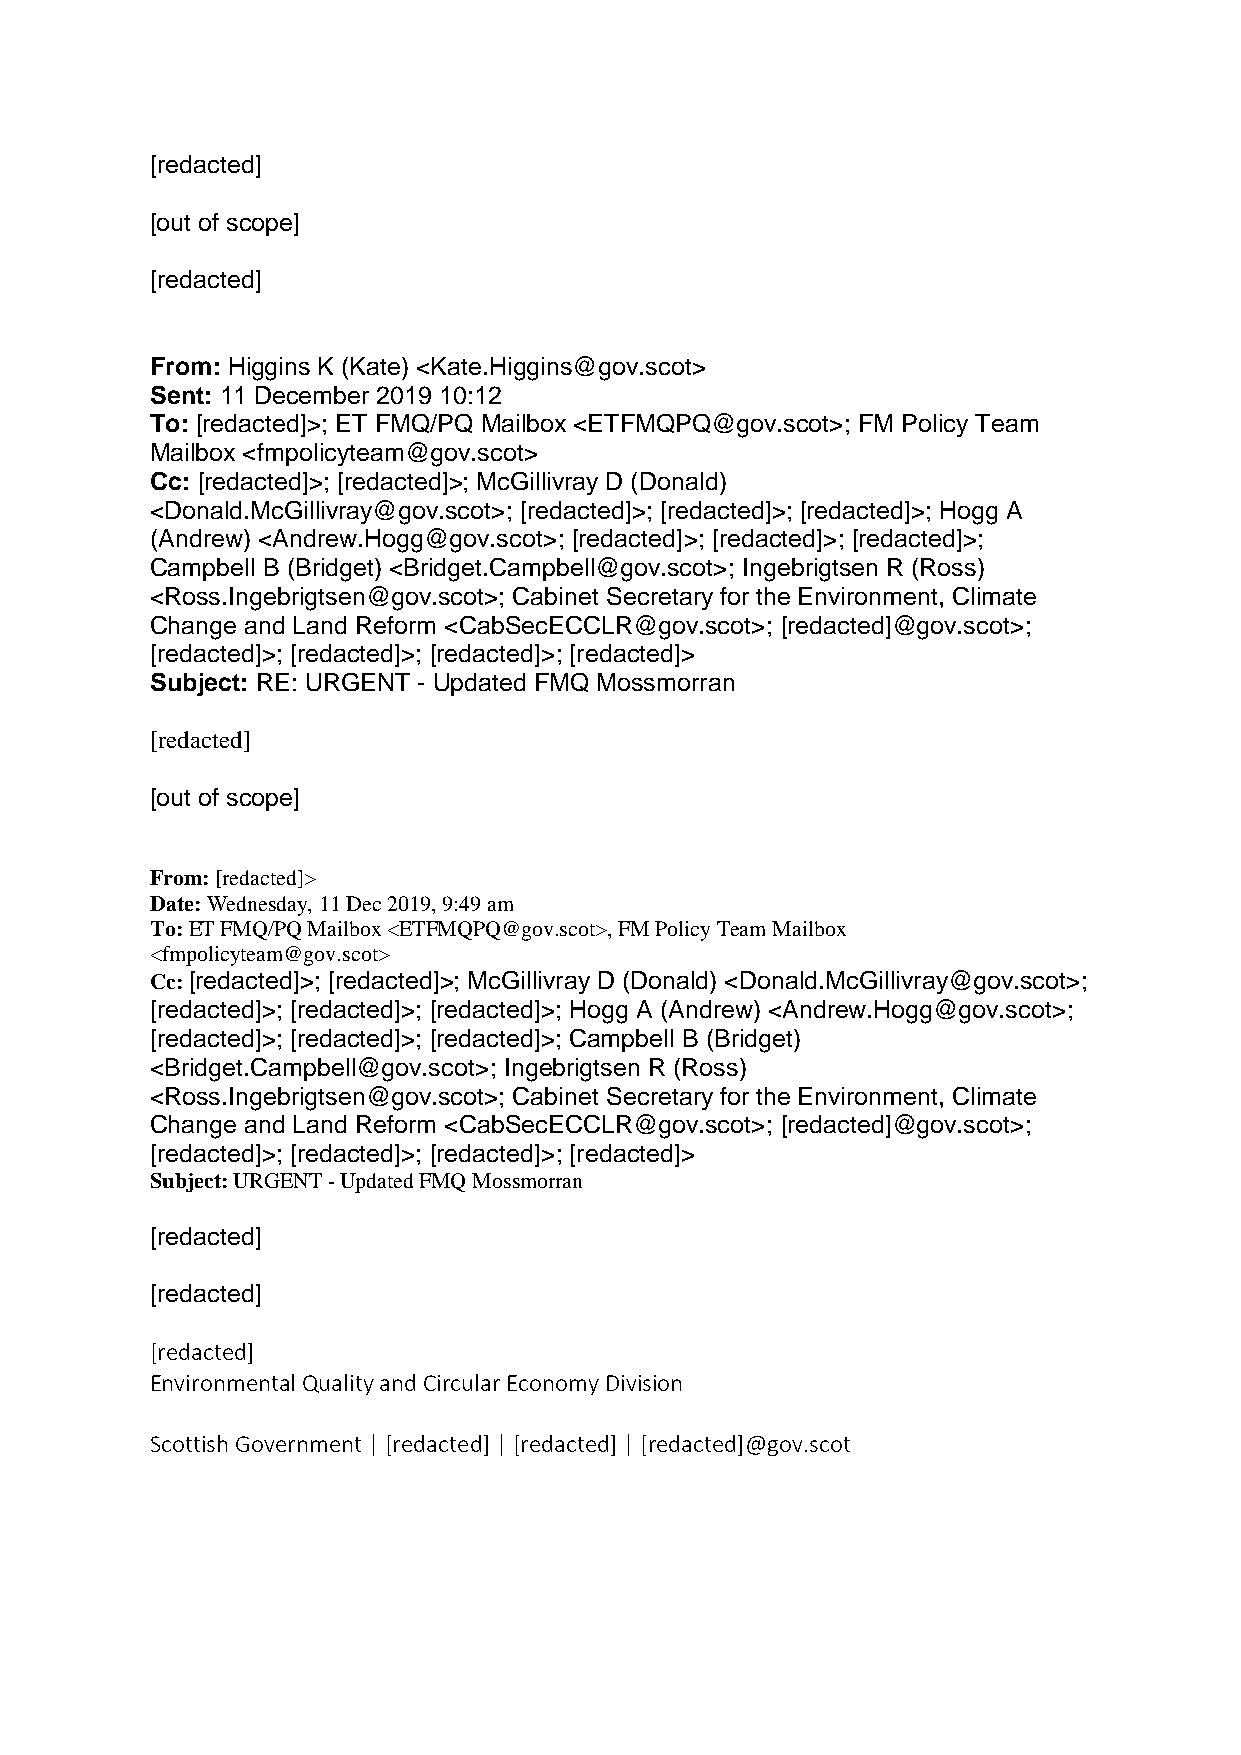
[redacted]
 [out of scope]
 [redacted]
 From: Higgins K (Kate) <Kate.Higgins@gov.scot>
 Sent: 11 December 2019 10:12
 To: [redacted]>; ET FMQ/PQ Mailbox <ETFMQPQ@gov.scot>; FM Policy Team
 Mailbox <fmpolicyteam@gov.scot>
 Cc: [redacted]>; [redacted]>; McGillivray D (Donald)
 <Donald.McGillivray@gov.scot>; [redacted]>; [redacted]>; [redacted]>; Hogg A
 (Andrew) <Andrew.Hogg@gov.scot>; [redacted]>; [redacted]>; [redacted]>;
 Campbell B (Bridget) <Bridget.Campbell@gov.scot>; Ingebrigtsen R (Ross)
 <Ross.Ingebrigtsen@gov.scot>; Cabinet Secretary for the Environment, Climate
 Change and Land Reform <CabSecECCLR@gov.scot>; [redacted]@gov.scot>;
 [redacted]>; [redacted]>; [redacted]>; [redacted]>
 Subject: RE: URGENT - Updated FMQ Mossmorran
 [redacted]
 [out of scope]
 From: [redacted]>
 Date: Wednesday, 11 Dec 2019, 9:49 am
 To: ET FMQ/PQ Mailbox <ETFMQPQ@gov.scot>, FM Policy Team Mailbox
 <fmpolicyteam@gov.scot>
 Cc: [redacted]>; [redacted]>; McGillivray D (Donald) <Donald.McGillivray@gov.scot>;
 [redacted]>; [redacted]>; [redacted]>; Hogg A (Andrew) <Andrew.Hogg@gov.scot>;
 [redacted]>; [redacted]>; [redacted]>; Campbell B (Bridget)
 <Bridget.Campbell@gov.scot>; Ingebrigtsen R (Ross)
 <Ross.Ingebrigtsen@gov.scot>; Cabinet Secretary for the Environment, Climate
 Change and Land Reform <CabSecECCLR@gov.scot>; [redacted]@gov.scot>;
 [redacted]>; [redacted]>; [redacted]>; [redacted]>
 Subject: URGENT - Updated FMQ Mossmorran
 [redacted]
 [redacted]
 [redacted]
 Environmental Quality and Circular Economy Division
 Scottish Government | [redacted] | [redacted] | [redacted]@gov.scot